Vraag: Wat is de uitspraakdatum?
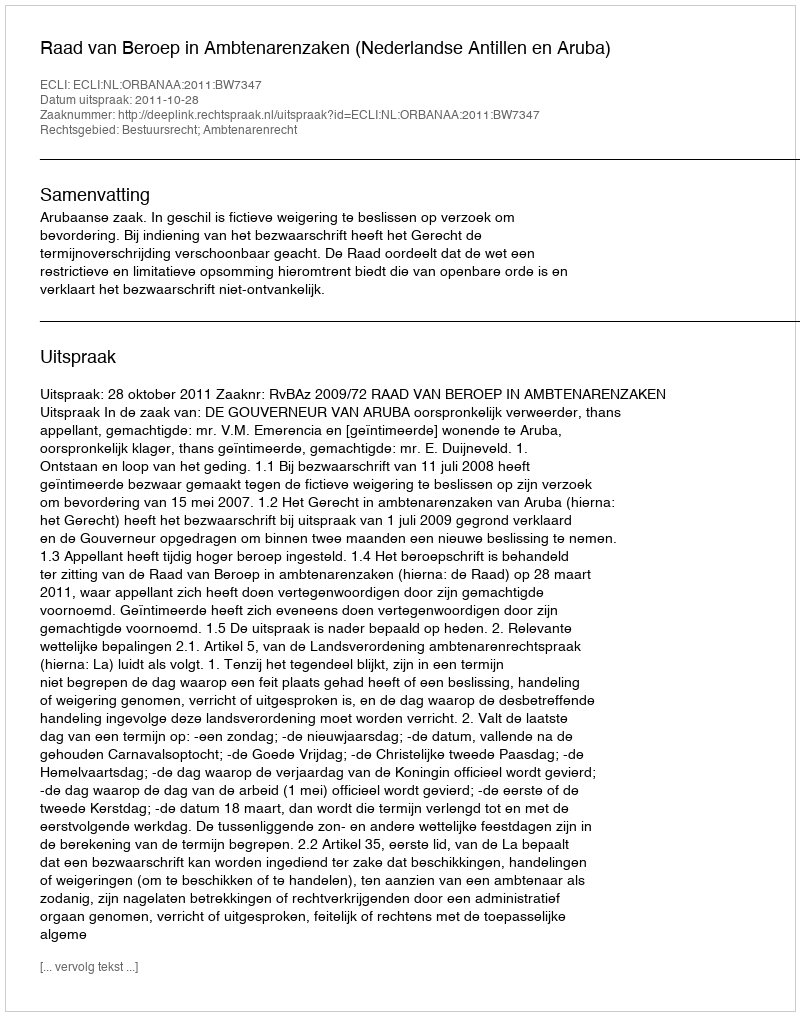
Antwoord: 2011-10-28